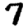
Digit: 7